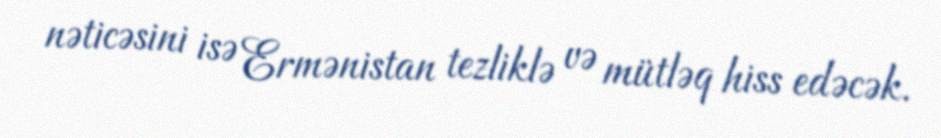
nəticəsini isə Ermənistan tezliklə və mütləq hiss edəcək.